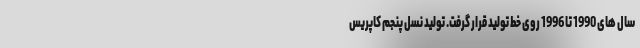
سال های 1990 تا 1996 روی خط تولید قرار گرفت. تولید نسل پنجم کاپریس